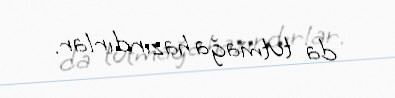
da tutmağa hazırdırlar.